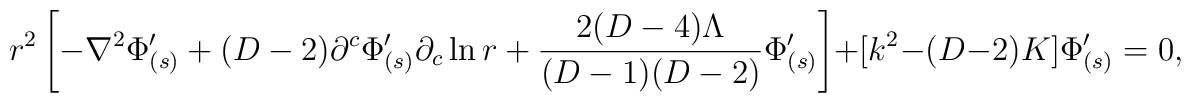
r^2\left[-\nabla^2\Phi'_{(s)} 	+ (D-2)\partial^c\Phi'_{(s)}\partial_c\ln r 	+ \frac{2(D-4)\Lambda}{(D-1)(D-2)}\Phi'_{(s)}\right]	+ [k^2-(D-2)K]\Phi'_{(s)} = 0,